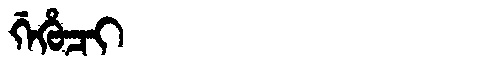
Manchu: ᡤᡝᡥᡠᠴᡳ
Romanization: GEHUCI